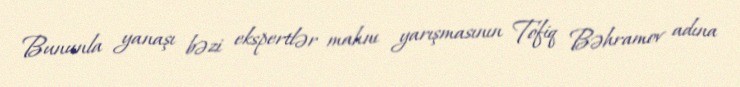
Bununla yanaşı bəzi ekspertlər mahnı yarışmasının Tofiq Bəhramov adına